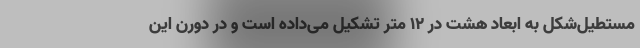
مستطیل‌شکل به ابعاد هشت در ۱۲ متر تشکیل می‌داده است و در دورن این